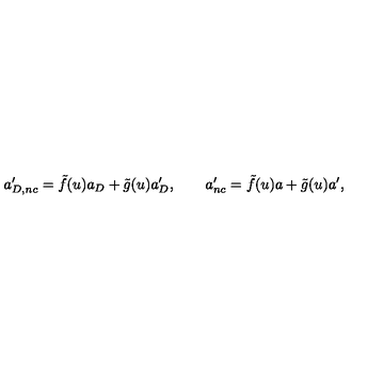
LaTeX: a _ { D , n c } ^ { \prime } = \tilde { f } ( u ) a _ { D } + \tilde { g } ( u ) a _ { D } ^ { \prime } , \qquad a _ { n c } ^ { \prime } = \tilde { f } ( u ) a + \tilde { g } ( u ) a ^ { \prime } ,